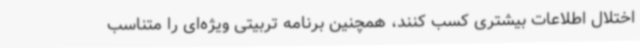
اختلال اطلاعات بیشتری کسب کنند، همچنین برنامه تربیتی ویژه‌ای را متناسب